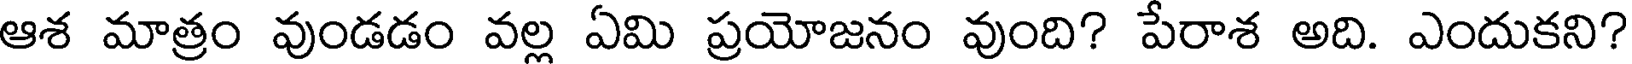
ఆశ మాత్రం వుండడం వల్ల ఏమి ప్రయోజనం వుంది? పేరాశ అది. ఎందుకని?